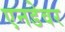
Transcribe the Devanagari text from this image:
एनडेवर